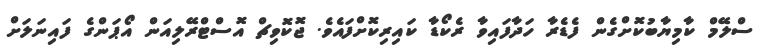
ސްލޭމް ކާމިޔާބުކޮށްގެން ފެޑެރާ ހަދާފައިވާ ރެކޯޑާ ކައިރިކޮށްފައެވެ. ޖޮކޮވިޗް އޮސްޓްރޭލިއަން އޯޕަންގެ ފައިނަލަށް